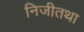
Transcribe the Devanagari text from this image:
निजीतथा